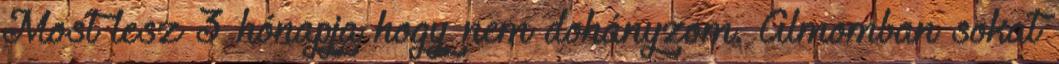
Most lesz 3 hónapja hogy nem dohányzom. Álmomban sokat